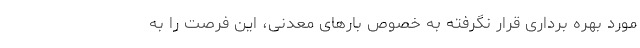
مورد بهره برداری قرار نگرفته به خصوص بارهای معدنی، این فرصت را به